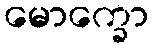
မောက္ခော